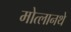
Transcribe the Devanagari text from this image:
मोत्लानथे